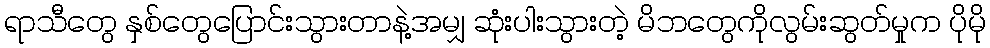
ရာသီတွေ နှစ်တွေပြောင်းသွားတာနဲ့အမျှ ဆုံးပါးသွားတဲ့ မိဘတွေကိုလွမ်းဆွတ်မှုက ပိုမို